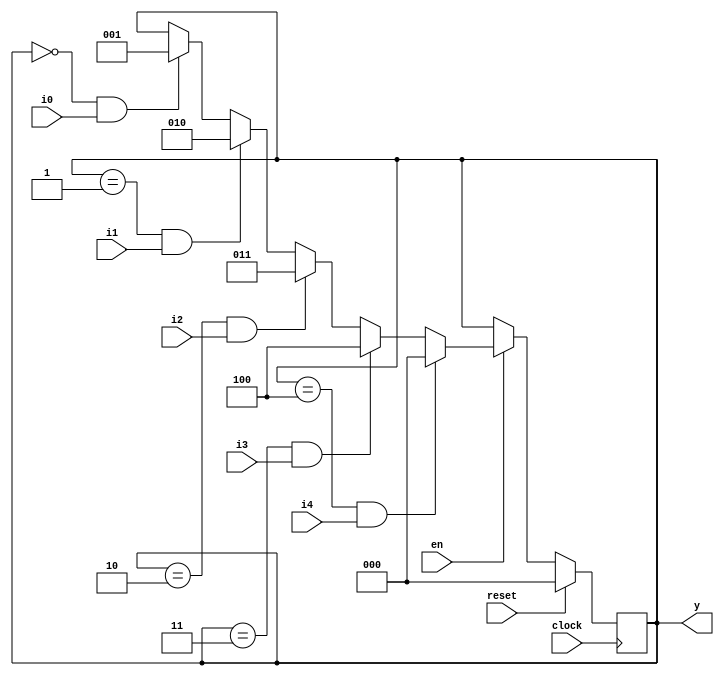
module fsm (
    input wire clock,
    input wire reset,
    input wire i0,
    input wire i1,
    input wire i2,
    input wire i3,
    input wire i4,
    input wire en,
    output wire [2:0] y
);
    reg [2:0] st;
    wire [2:0] c0, c1, c2, c3, c4;
    wire [2:0] m0, m1, m2, m3, m4;
    wire [2:0] q0, q1, q2, q3, q4;
    wire a0, a1, a2, a3, a4;
    wire e0, e1, e2, e3, e4;
    assign c0 = 0;
    assign c1 = 1;
    assign c2 = 2;
    assign c3 = 3;
    assign c4 = 4;
    assign e0 = st == c0; 
    assign e1 = st == c1; 
    assign e2 = st == c2; 
    assign e3 = st == c3; 
    assign e4 = st == c4; 
    assign a0 = e0 & i0; 
    assign a1 = e1 & i1; 
    assign a2 = e2 & i2; 
    assign a3 = e3 & i3; 
    assign a4 = e4 & i4; 
    assign m0 = a0 ? c1 : st;
    assign m1 = a1 ? c2 : m0;
    assign m2 = a2 ? c3 : m1;
    assign m3 = a3 ? c4 : m2;
    assign m4 = a4 ? c0 : m3;
    always @(posedge clock) begin
        if (reset) begin
            st <= c0;
        end else if (en) begin
            st <= m4;
        end
    end
    assign y = st;
endmodule